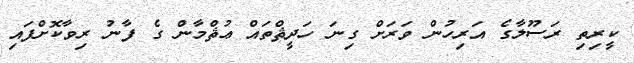
ކީރިތި ރަސޫލާގެ އަރިހުން ވަރަށް ގިނަ ހަދީޘްތައް ޢުޘްމާން ގެ ފާނު ރިވާކޮށްފައި